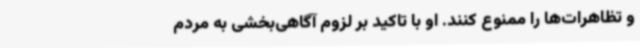
و تظاهرات‌ها را ممنوع کنند. او با تاکید بر لزوم آگاهی‌بخشی به مردم